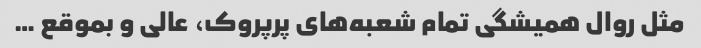
مثل روال همیشگی تمام شعبه‌های پرپروک، عالی و بموقع …